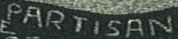
PARTISAN